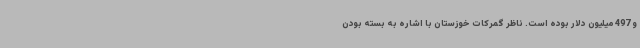
و 497 میلیون دلار بوده است. ناظر گمرکات خوزستان با اشاره به بسته بودن